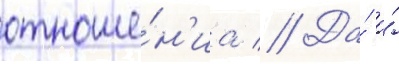
отноше́н'иа // Да́ и́